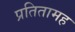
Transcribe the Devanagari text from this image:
प्रतितामह